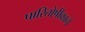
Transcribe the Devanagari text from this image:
पारितोषीकाने